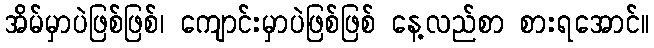
အိမ်မှာပဲဖြစ်ဖြစ်၊ ကျောင်းမှာပဲဖြစ်ဖြစ် နေ့လည်စာ စားရအောင်။